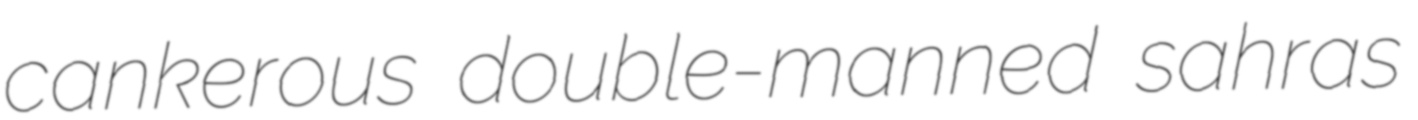
cankerous double-manned sahras